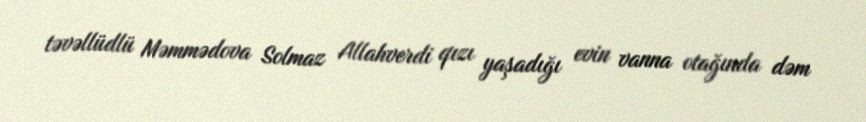
təvəllüdlü Məmmədova Solmaz Allahverdi qızı yaşadığı evin vanna otağında dəm